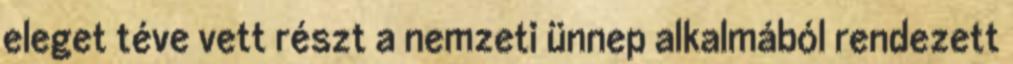
eleget téve vett részt a nemzeti ünnep alkalmából rendezett